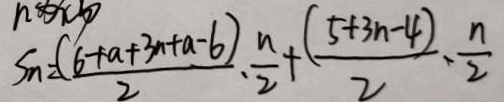
S _ { n } = \frac { ( 6 + a + 3 n + a - 6 ) } { 2 } \cdot \frac { n } { 2 } + \frac { ( 5 + 3 n - 4 ) } { 2 } \cdot \frac { n } { 2 }